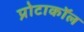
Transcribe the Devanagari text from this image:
प्रोटाकॉल